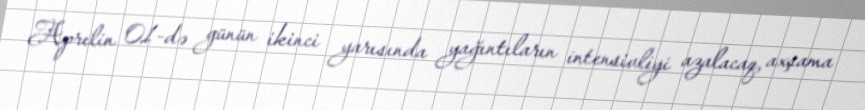
Aprelin 01-də günün ikinci yarısında yağıntıların intensivliyi azalacaq, axşama